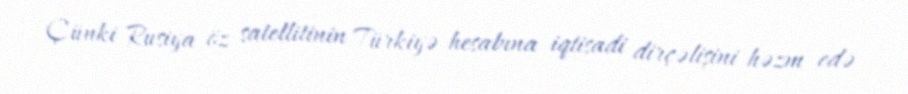
Çünki Rusiya öz satellitinin Türkiyə hesabına iqtisadi dirçəlişini həzm edə